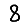
Digit: 8